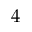
4